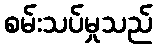
စမ်းသပ်မှုသည်